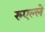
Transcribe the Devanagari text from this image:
रुएल्ले